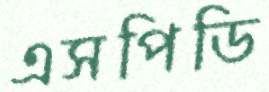
এসপিডি